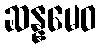
ဆန္နမေဝ